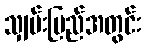
သျှမ်းပြည်အတွင်း